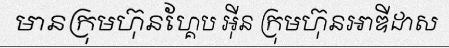
មានក្រុមហ៊ុនហ្គែប អ៊ីន ក្រុមហ៊ុនអាឌីដាស